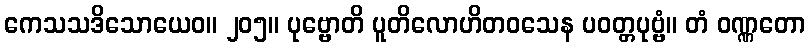
ကေသသဒိသောယေဝ။ ၂၀၅။ ပုဗ္ဗောတိ ပူတိလောဟိတဝသေန ပဝတ္တပုဗ္ဗံ။ တံ ဝဏ္ဏတော